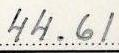
44.61